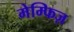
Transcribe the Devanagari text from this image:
मेम्फिज़